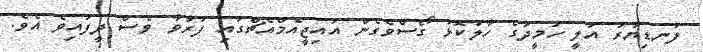
ފަނޑިޔާރު އަލީ ހަމީދުގެ ހާލުކޮޅު ގޯސްވެގެން އައިޖީއެމްއެޗްގައި ފަރުވާ ވެސް ދީފައިވެ އެވެ.